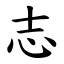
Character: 志